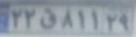
۲۲ق۸۱۱۲۹